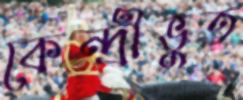
কেন্দ্রীভুত